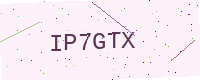
Text: IP7GTX